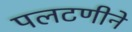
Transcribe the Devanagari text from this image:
पलटणीने